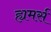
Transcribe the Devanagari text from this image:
ह्यमर्स